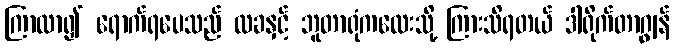
ကြာလာ၍ ရောက်ရပေသည် လခနှင့် ဘူတာရုံကလေးသို့ ကြားသိရတယ် ဒါရိုက်တာဂျွန်